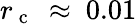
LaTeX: r_{\mathrm{~c~}}~\approx~0.01